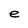
Character: e